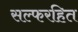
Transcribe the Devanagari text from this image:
सल्फरहित